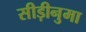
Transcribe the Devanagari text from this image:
सीड़ीनुमा